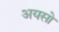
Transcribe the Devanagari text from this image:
अयसो